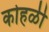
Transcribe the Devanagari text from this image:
कोहळी